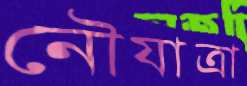
নৌযাত্রা